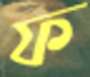
ফ